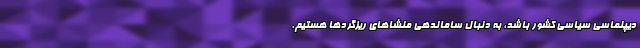
دیپلماسی سیاسی کشور باشد، به دنبال ساماندهی منشاهای ریزگردها هستیم.